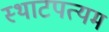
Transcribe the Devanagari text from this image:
स्थाटपत्यम